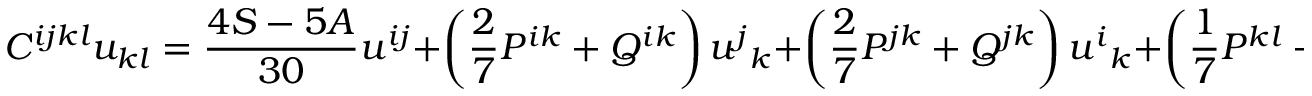
C ^ { i j k l } u _ { k l } = \frac { 4 S - 5 A } { 3 0 } u ^ { i j } + \left( \frac 2 7 P ^ { i k } + Q ^ { i k } \right) u ^ { j } { } _ { k } + \left( \frac 2 7 P ^ { j k } + Q ^ { j k } \right) u ^ { i } { } _ { k } + \left( \frac 1 7 P ^ { k l } - Q ^ { k l } \right) u _ { k l } g ^ { i j } + R ^ { i j k l } u _ { k l } .